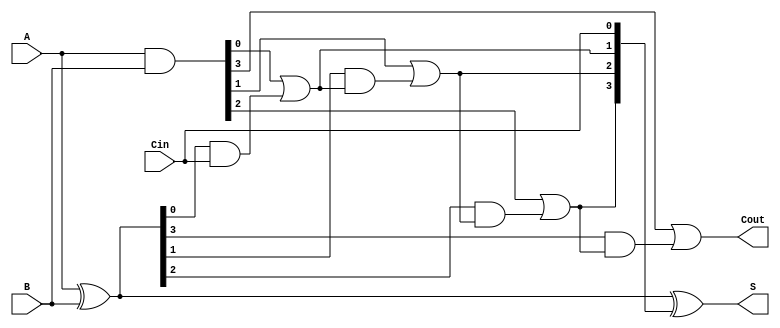
module SklanskyAdder #(parameter N = 4) (
    input [N-1:0] A,       // First input
    input [N-1:0] B,       // Second input
    input Cin,             // Carry-in
    output [N-1:0] S,      // Sum output
    output Cout            // Carry-out
);

    wire [N-1:0] G;        // Generate signals
    wire [N-1:0] P;        // Propagate signals
    wire [N:0] C;          // Carry signals including C[0] = Cin

    // Generate and propagate signal calculations
    assign G = A & B;      // Generate: G[i] = A[i] & B[i]
    assign P = A ^ B;      // Propagate: P[i] = A[i] ^ B[i]

    // Carry signal calculations
    assign C[0] = Cin;     // Initial carry-in
    genvar i;
    generate
        for (i = 0; i < N; i = i + 1) begin : carry_generation
            if (i == 0) begin
                assign C[i+1] = G[i] | (P[i] & C[i]); // C[1] = G[0] + (P[0] * Cin)
            end else begin
                assign C[i+1] = G[i] | (P[i] & C[i]); // C[i+1] = G[i] + (P[i] * C[i])
            end
        end
    endgenerate

    // Sum calculation
    assign S = P ^ C[N-1:0]; // S[i] = P[i] ^ C[i]

    // Carry-out
    assign Cout = C[N]; // Final carry-out

endmodule